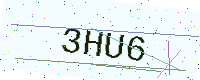
Text: 3HU6